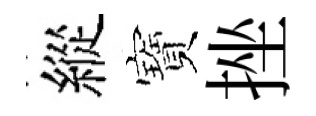
縱寶挫